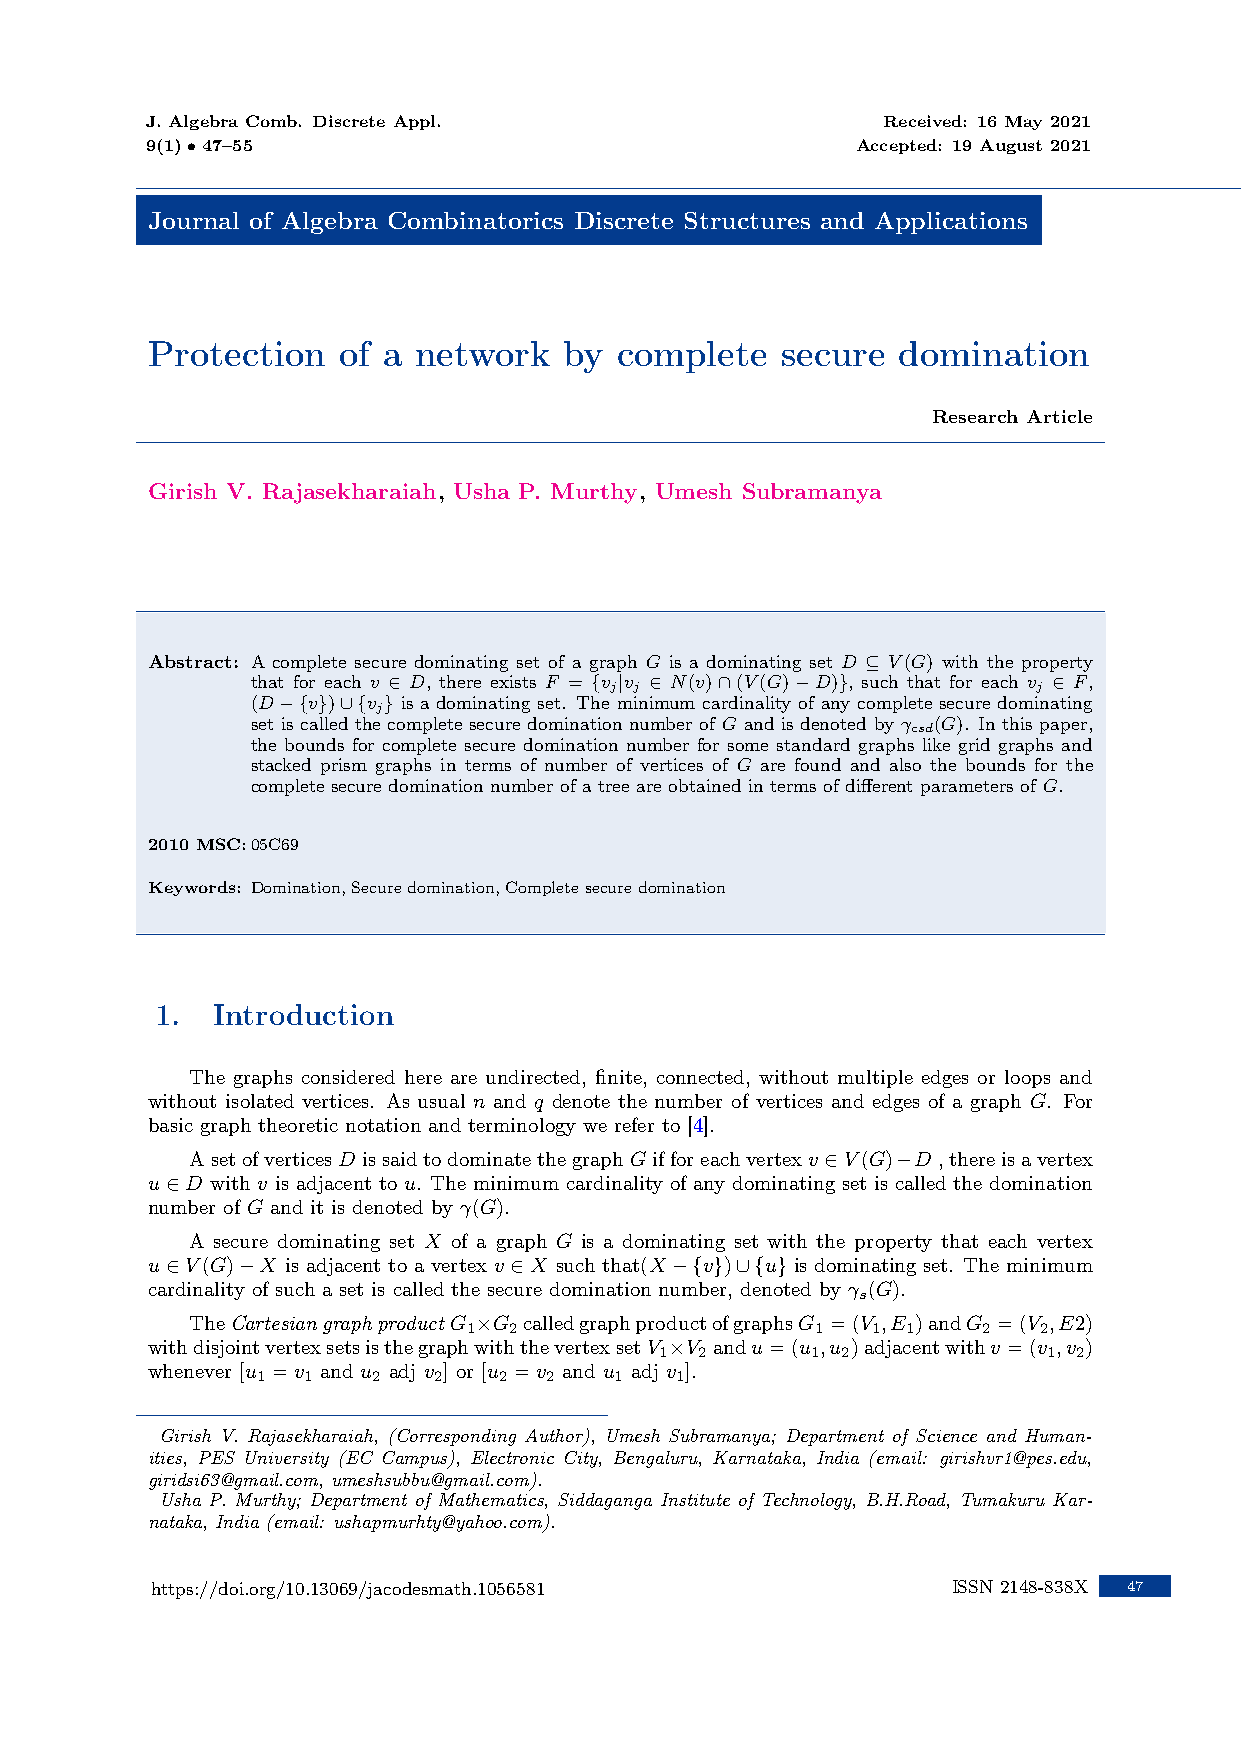
J. Algebra Comb. Discrete Appl.                 Received: 16 May 2021
 9(1)•47–55                                     Accepted: 19 August 2021
 Journal of Algebra Combinatorics Discrete Structures and Applications
 Protection  of a network   by  complete   secure domination
 Research Article
 Girish V. Rajasekharaiah, Usha P. Murthy, Umesh Subramanya
 Abstract: A complete secure dominating set of a graph G is a dominating set D ⊆ V(G) with the property
 that for each v ∈ D, there exists F = {v |v ∈ N(v)∩(V(G)−D)}, such that for each v ∈ F,
 j j                          j
 (D−{v})∪{v } is a dominating set. The minimum cardinality of any complete secure dominating
 j
 set is called the complete secure domination number of G and is denoted by γ (G). In this paper,
 csd
 the bounds for complete secure domination number for some standard graphs like grid graphs and
 stacked prism graphs in terms of number of vertices of G are found and also the bounds for the
 complete secure domination number of a tree are obtained in terms of different parameters of G.
 2010 MSC:05C69
 Keywords: Domination,Securedomination,Completesecuredomination
 1.  Introduction
 The graphs considered here are undirected, finite, connected, without multiple edges or loops and
 without isolated vertices. As usual n and q denote the number of vertices and edges of a graph G. For
 basic graph theoretic notation and terminology we refer to [4].
 AsetofverticesD issaidtodominatethegraphGifforeachvertexv ∈V(G)−D ,thereisavertex
 u∈D with v is adjacent to u. The minimum cardinality of any dominating set is called the domination
 number of G and it is denoted by γ(G).
 A secure dominating set X of a graph G is a dominating set with the property that each vertex
 u∈V(G)−X is adjacent to a vertex v ∈X such that(X−{v})∪{u} is dominating set. The minimum
 cardinality of such a set is called the secure domination number, denoted by γ (G).
 s
 TheCartesiangraphproduct G ×G calledgraphproductofgraphsG =(V ,E )andG =(V ,E2)
 1  2                   1   1 1    2   2
 withdisjointvertexsetsisthegraphwiththevertexsetV ×V andu=(u ,u )adjacentwithv =(v ,v )
 1 2       1 2            1 2
 whenever [u =v and u adj v ] or [u =v and u adj v ].
 1  1    2   2   2  2    1   1
 Girish V. Rajasekharaiah, (Corresponding Author), Umesh Subramanya; Department of Science and Human-
 ities, PES University (EC Campus), Electronic City, Bengaluru, Karnataka, India (email: girishvr1@pes.edu,
 giridsi63@gmail.com, umeshsubbu@gmail.com).
 Usha P. Murthy; Department of Mathematics, Siddaganga Institute of Technology, B.H.Road, Tumakuru Kar-
 nataka, India (email: ushapmurhty@yahoo.com).
 https://doi.org/10.13069/jacodesmath.1056581         ISSN 2148-838X 47